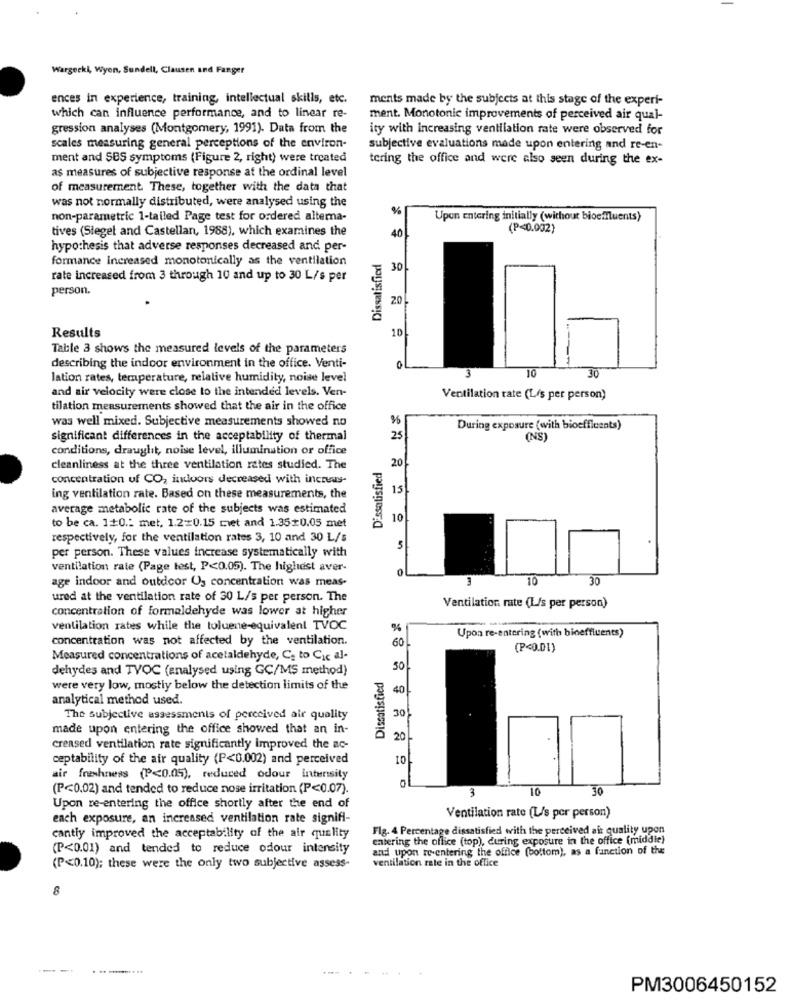
Wargecki, Wyon, Sundell, Clausen and Fanger
ences in experience, training, intellectual skills, etc.
ments made by the subjects at this stage of the experi-
which can influence performance, and to linear re-
ment. Monotonic improvements of perceived air qual-
gression analyses (Montgomery, 1991). Data from the
ity with increasing ventilation rate were observed for
scales measuring general perceptions of the environ-
subjective evaluations made upon entering and re-en-
ment and SBS symptoms (Figure 2, right) were treated
tering the office and were also seen during the ex-
as measures of subjective response at the ordinal level
of measurement. These, together with the data that
was not normally distributed, were analysed using the
%
non-parametric 1-tailed Page test for ordered altema-
Upon entering initially (without bioemuents)
tives (Steget and Castellan, 1988), which examines the
(P<0.002)
40
hypothesis that adverse responses decreased and per-
Dissatisfied
formance increased monotonically as the ventilation
30
rate increased from 3 through 10 and up to 30 L/s per
person.
20
10
Results
Table 3 shows the measured levels of the parameters
describing the indoor environment in the office. Venti-
0
10
30
lation rates, temperature, relative humidity, noise level
3
and air velocity were close to the intended levels. Ven-
Ventilation rate (L/s per person)
tilation measurements showed that the air in the office
was well mixed. Subjective measurements showed no
During exposure (with bioeffluents)
significant differences in the acceptability of thermal
25
(NS)
conditions, draught, noise level, illumination or office
cleanliness at the three ventilation rates studied. The
Dissatisfied
20
concentration of CO2 indoors decreased with incrus-
15
ing ventilation rate. Based on these measurements, the
average metabolic rate of the subjects was estimated
10
to be ca. 1+0 .: met. 1.210.15 met and 1.35#0.05 met
respectively, for the ventilation rates 3, 10 and 30 L/s
5
per person. These values increase systematically with
ventilation rate (Page test, P<0.05). The highest aver-
0
age indoor and outdoor 03 concentration was meas-
3
10
30
ured at the ventilation rate of 30 L/s per person. The
concentration of formaldehyde was lower at higher
Ventilation rate (L/s per person)
ventilation rates while the toluene-equivalent TVOC
%
Upon re-entering (with bineffluents)
concentration was not affected by the ventilation.
60
(P<0.01)
Measured concentrations of acetaldehyde, C. to Cic al-
dehydes and TVOC (analysed using GC/MS method)
Dissatisfied
50
were very low, mostly below the detection limits of the
40
analytical method used.
The Subjective assessments of perceived air quality
30
made upon entering the office showed that an in-
20
creased ventilation rate significantly improved the ac-
ceptability of the air quality (P<0.002) and perceived
10
air freshness (₱<0.05), reduced odour intensity
(P<0.02) and tended to reduce nose irritation (P<0.07).
3
10
30
Upon re-entering the office shortly after the end of
each exposure, an increased ventilation rate signifi-
Ventilation rate (L/s per person)
Fig. 4 Percentage dissatisfied with the perceived air quality upon
cantly improved the acceptability of the air quality
entering the office (top), during exposure in the office (middle)
(P<0.01) and tended to reduce odour intensity
and upon te entering the office (bottom), as a function of the
ventilation rate in the office
(P<0.10); these were the only two subjective assess-
8
.--...
.... ...
PM3006450152